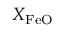
X _ { \mathrm { F e O } }